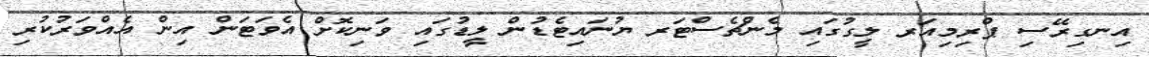
އިނގިރޭސި ޕްރިމިއަރ ލީގުގައި މެންޗެސްޓަރ ޔުނައިޓެޑުން ލީޑުގައި ވަނިކޮށް އެވަަޓަން އިން އެއްވަރުކުރި